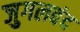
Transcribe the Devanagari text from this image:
जुगलबंद